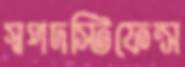
স্বপদস্টিফেন্স